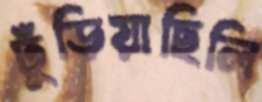
ঢুঁড়িয়াছিলি